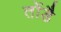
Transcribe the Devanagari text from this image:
तोंडै